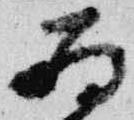
為